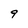
Character: 9